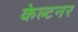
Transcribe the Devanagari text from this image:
केल्टनर